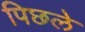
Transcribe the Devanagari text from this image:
पिछले